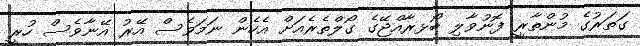
ގަތަރުގެ މުންތާރީ ފޮނުވާލި ބޯޅރާއްޖޭގެ ގޯލްތެރެއަށް އެހެން ނަމަވެސް އޭރު އޭނާވެސް ހުރީ